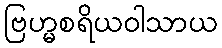
ဗြဟ္မစရိယဝါသာယ